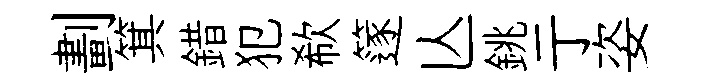
劃箕錯犯欷篴亾銚亍姿